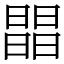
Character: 𣊭